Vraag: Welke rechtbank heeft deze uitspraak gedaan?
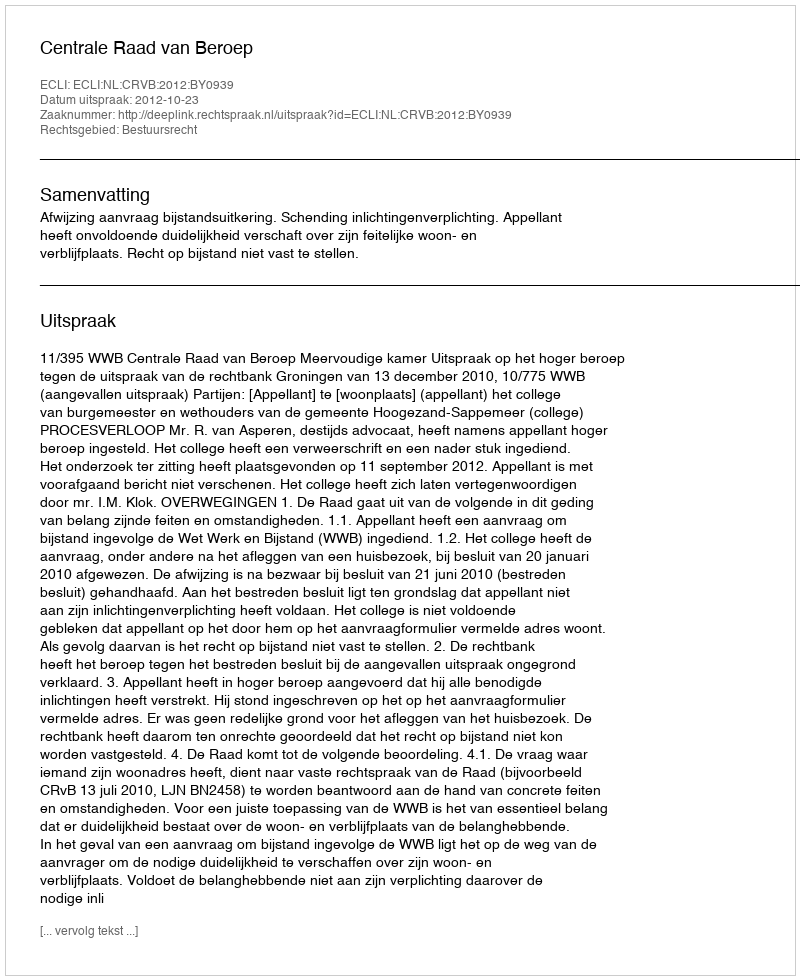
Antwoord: Centrale Raad van Beroep